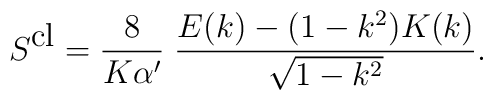
S^{\mbox{cl}}=\frac{8}{K\alpha'}\;\frac{E(k)-(1-k^2)K(k)}{\sqrt{1-k^2}}.